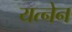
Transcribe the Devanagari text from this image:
यत्नेन